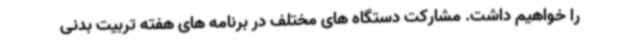
را خواهیم داشت. مشارکت دستگاه های مختلف در برنامه های هفته تربیت بدنی